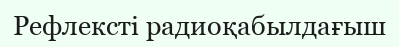
Рефлексті радиоқабылдағыш